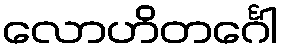
လောဟိတင်္ဂေါ